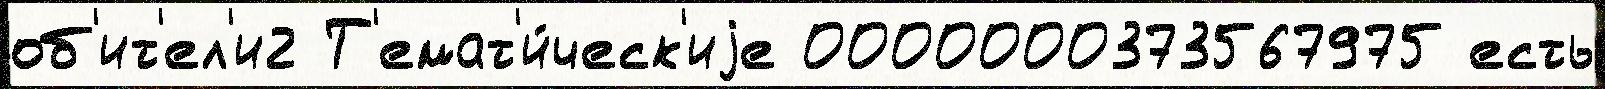
об'ит'ел'и2 Т'емат'и́ческ'иjе 0000000373567975 есть